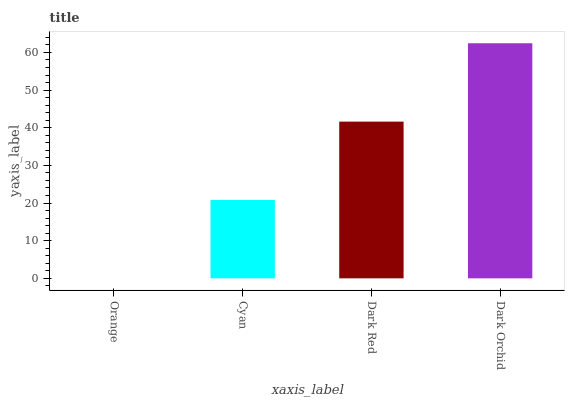
| xaxis_label | bars |
 | --- | --- |
 | Orange | 0 |
 | Cyan | 20.8 |
 | Dark Red | 41.6 |
 | Dark Orchid | 62.4 |